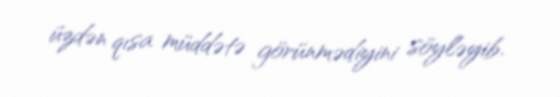
üzdən qısa müddətə görünmədiyini söyləyib.